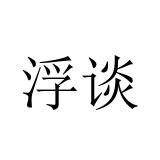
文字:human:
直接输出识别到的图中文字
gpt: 浮谈